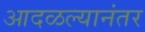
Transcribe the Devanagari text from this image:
आदळल्यानंतर